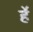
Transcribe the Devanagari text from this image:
र्हे